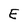
Character: E